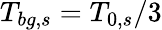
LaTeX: {T_{bg,s}=T_{0,s}/3}